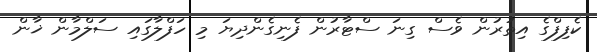
ކެފިފްގެ އިތުރުން ވެސް ގިނަ ސްޓާރުން ފެނިގެންދިޔަ މި ހަފްލާގައި ސަލްމާން ޚާން